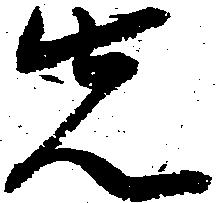
先